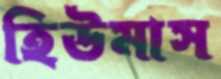
হিউমাস